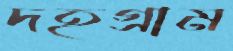
দহগ্রাম